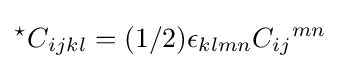
{{}^{\star }C}_{ijkl}=(1/2)\epsilon _{klmn}C_{ij}{}^{mn}